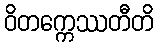
ဝိတက္ကေဿတီတိ